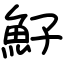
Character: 䰵